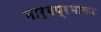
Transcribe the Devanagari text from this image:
मार्गप्रभाकर